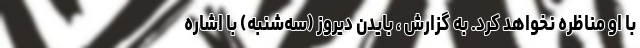
با او مناظره نخواهد کرد. به گزارش ، بایدن دیروز (سه‌شنبه) با اشاره